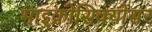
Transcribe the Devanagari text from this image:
माइक्रोसिक्योंसर